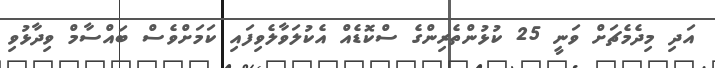
އަދި މިދެމެޗަށް ވަނީ 25 ކުޅުންތެރިންގެ ސްކޮޑެއް އެކުލަވާލެވިފައި ކަމަށްވެސް ބައްސާމް ވިދާޅުވި